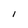
Character: l